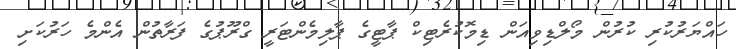
ހައްޔަރުކުރި ކުރުން މޯލްޑިވިއަން ޑިމޮކުރެޓިކް ޕާޓީގެ ޕާލިމެންޓަރީ ގްރޫޕުގެ ފަރާތުން އެންމެ ހަރުކަށި